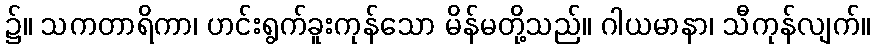
၌။ သကတာရိကာ၊ ဟင်းရွက်ခူးကုန်သော မိန်မတို့သည်။ ဂါယမာနာ၊ သီကုန်လျက်။